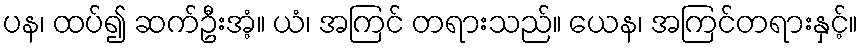
ပန၊ ထပ်၍ ဆက်ဦးအံ့။ ယံ၊ အကြင် တရားသည်။ ယေန၊ အကြင်တရားနှင့်။